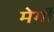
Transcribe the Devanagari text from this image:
मेर्गों